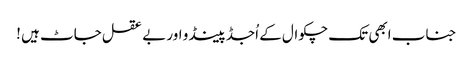
جناب ابھی تک چکوال کے اُجڈ پینڈو اور بے عقل جاٹ ہیں !